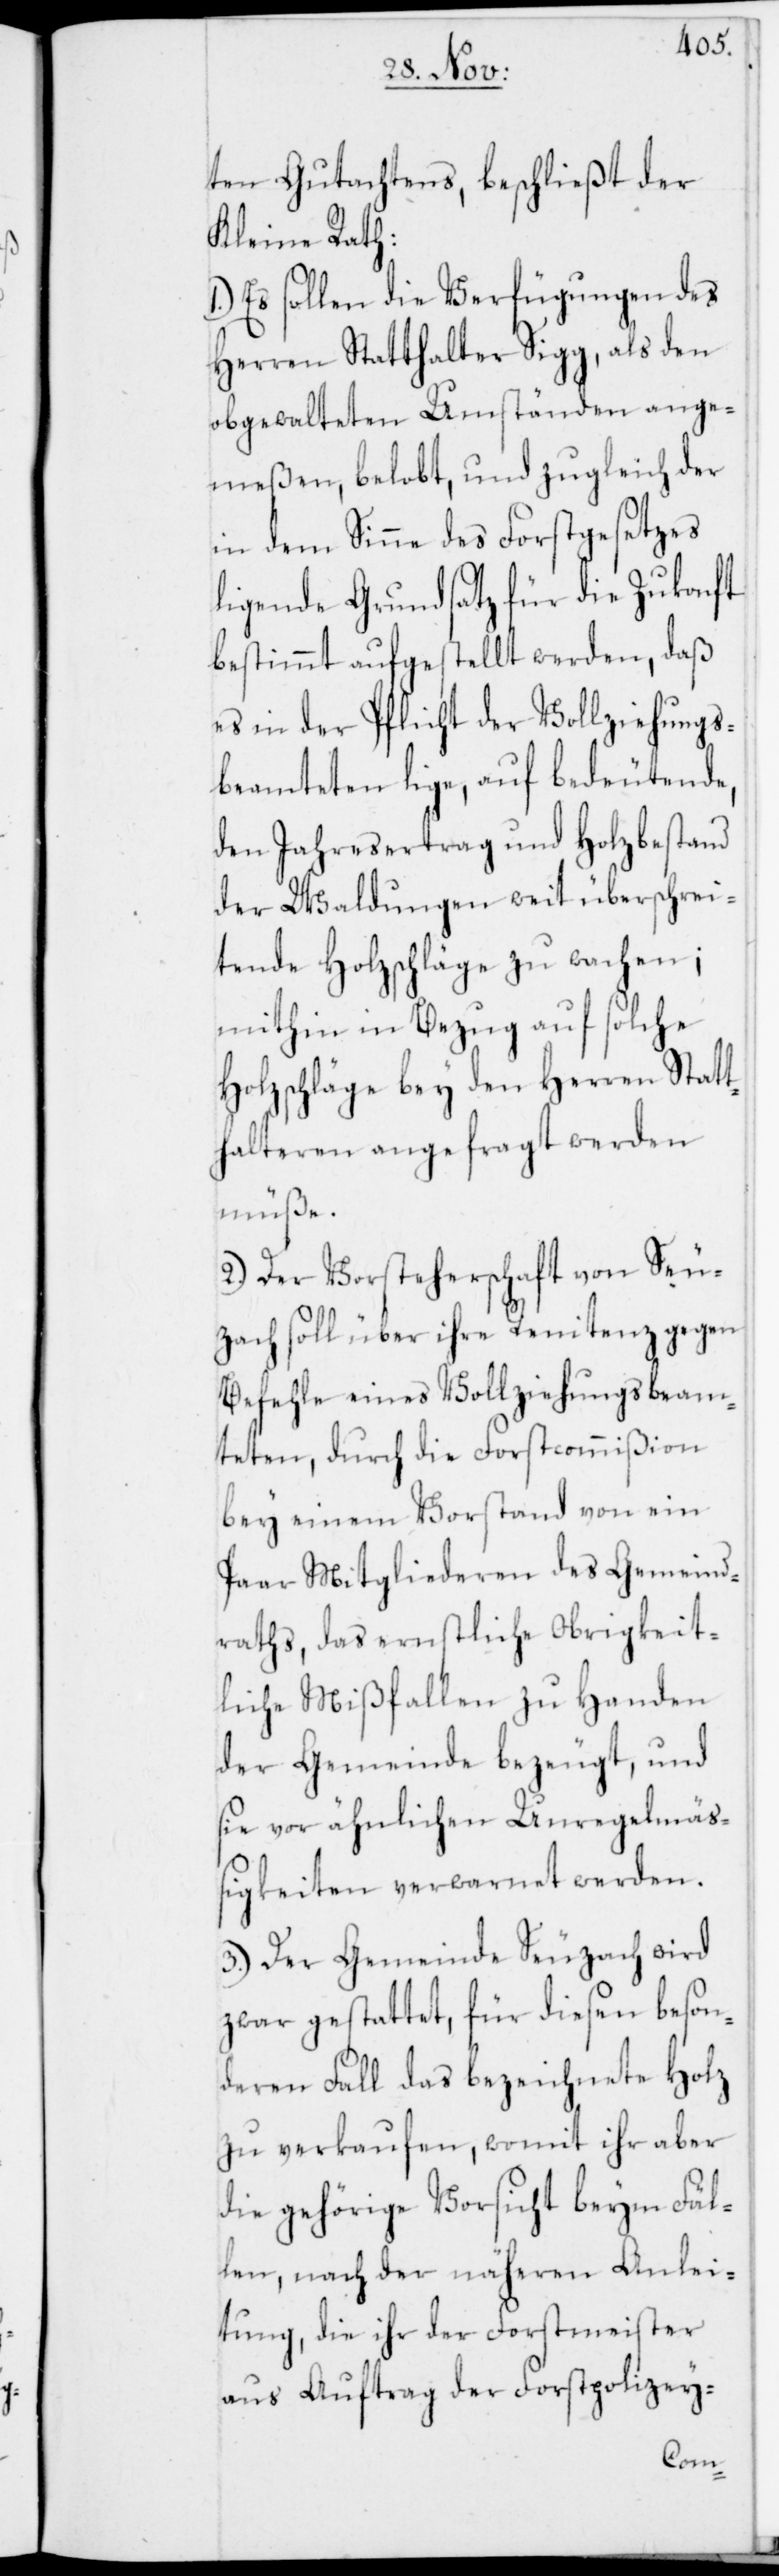
ten Gutachtens, beschließt der
Kleine Rath:
1.) Es sollen die Verfügungen des
Herren Statthalter Sigg, als den
obgewalteten Umständen ange¬
meßen, belobt, und zugleich der
in dem Sinne des Forstgesetzes
ligende Grundsatz für die Zukonft
bestimmt aufgestellt werden, daß
es in der Pflicht der Vollziehungs¬
beamteten lige, auf bedeutende,
den Jahresertrag und Holzbestand
der Waldungen weit überschrei¬
tende Holzschläge zu wachen;
mithin in Bezug auf solche
Holzschläge bey den Herren Statt¬
halteren angefragt werden
müße.
2.) Der Vorsteherschaft von Seu¬
zach soll über ihre Renitenz gegen
Befehle eines Vollziehungsbeam¬
teten, durch die Forstcommißion
bey einem Vorstand von ein
Paar Mitgliederen des Gemeind¬
raths, das ernstliche Obrigkeit¬
liche Mißfallen zu Handen
der Gemeinde bezeugt, und
sie vor ähnlichen Unregelmäß¬
igkeiten verwarnet werden.
3.) Der Gemeinde Seuzach wird
zwar gestattet, für diesen beson¬
deren Fall das bezeichnete Holz
zu verkaufen, womit ihr aber
die gehörige Vorsicht beym Fäl¬
len, nach der näheren Anlei¬
tung, die ihr der Forstmeister
aus Auftrag der Forstpolizey-